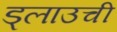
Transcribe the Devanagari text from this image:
ड्लाउची